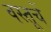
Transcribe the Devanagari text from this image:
वस्तूचें